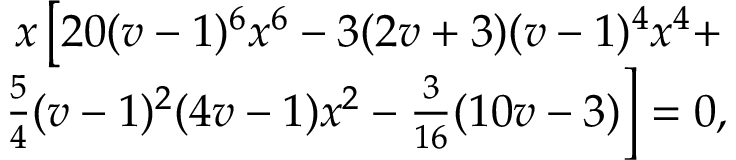
\begin{array} { r l } { x \left[ 2 0 ( v - 1 ) ^ { 6 } x ^ { 6 } - 3 ( 2 v + 3 ) ( v - 1 ) ^ { 4 } x ^ { 4 } + \right. } & { { } } \\ { \left. \frac { 5 } { 4 } ( v - 1 ) ^ { 2 } ( 4 v - 1 ) x ^ { 2 } - \frac { 3 } { 1 6 } ( 1 0 v - 3 ) \right] = 0 , } \end{array}